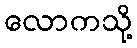
လောကသို့